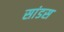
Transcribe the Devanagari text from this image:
सांडस